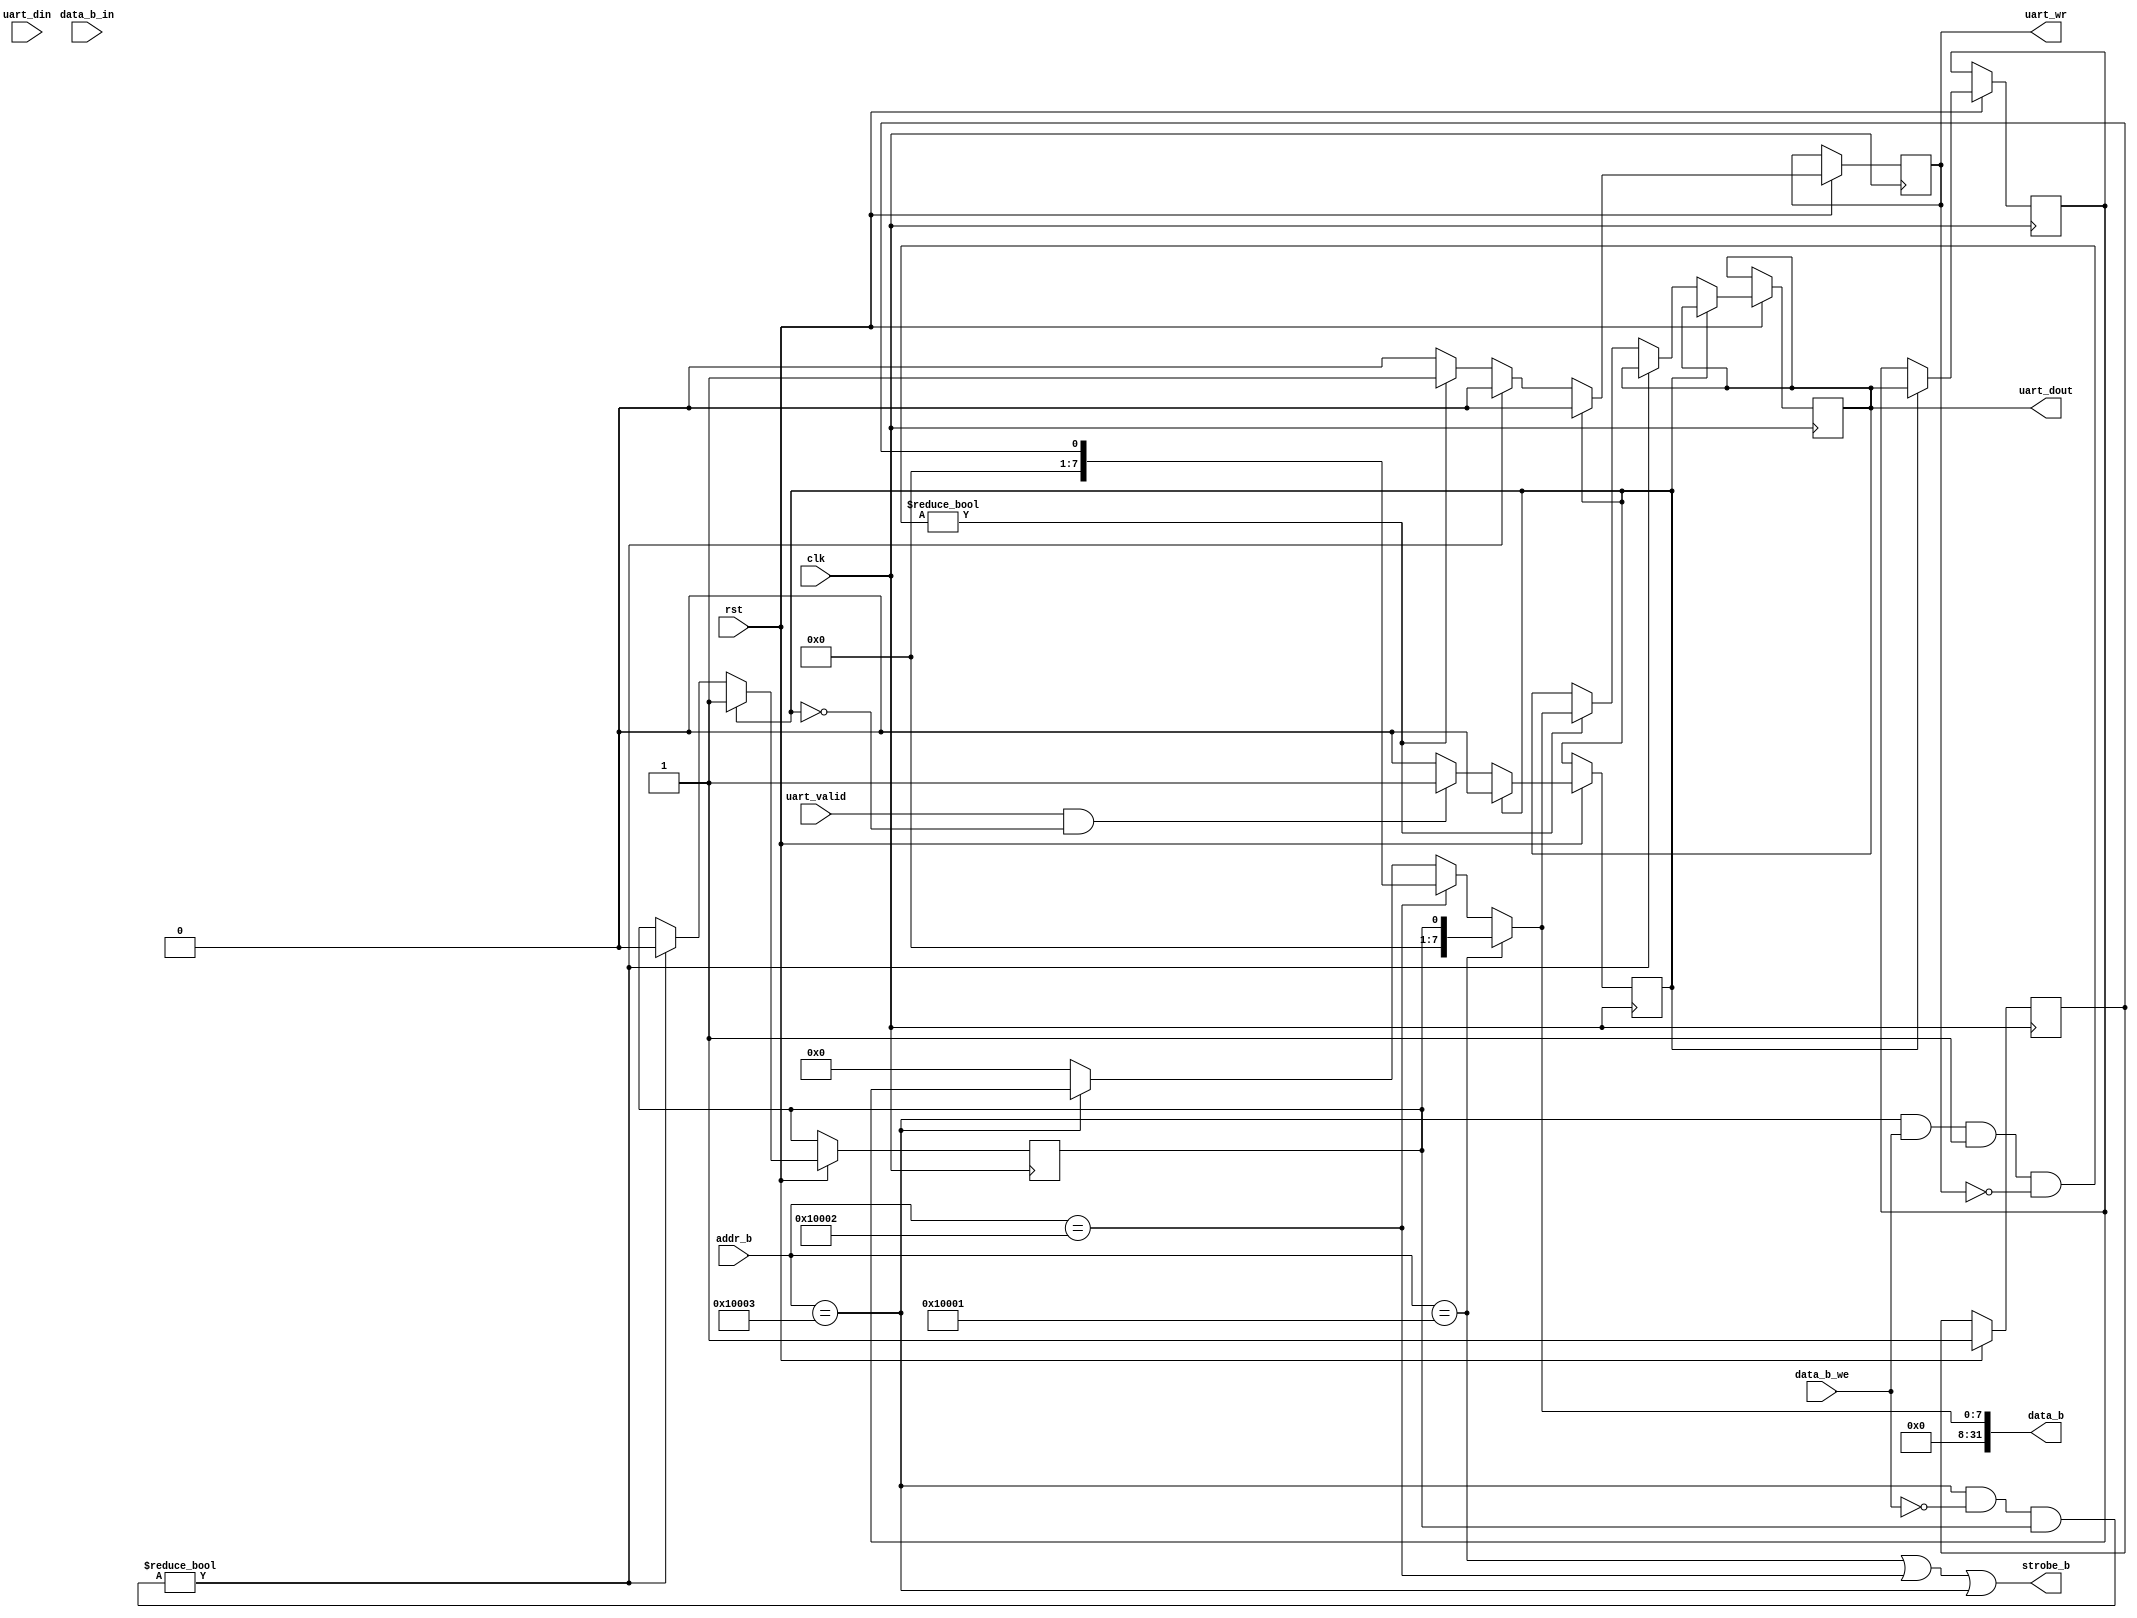
module uartmm_2(input clk,
              input            rst,
              input [7:0]      uart_din,
	      input            uart_valid,
	      output reg [7:0] uart_dout,
	      output reg       uart_wr,
              output [31:0]    data_b,
              output           strobe_b,
              input [31:0]     addr_b,
              input [31:0]     data_b_in,
              input [31:0]     data_b_we);
   reg [7:0]                uart_din_r;
   reg                      uart_valid_r;
   reg                      uart_ready_r;
   reg                      uart_rd;
   wire                     uart_busy;
   wire                     uart_ready;
   assign uart_ready = ~uart_busy;
   assign uart_busy = 0;
   assign strobe_b =   (addr_b == 65537) | (addr_b == 65538) | (addr_b == 65539);
   assign data_b = (addr_b == 65537)?uart_valid_r:
                   (addr_b == 65538)?uart_ready_r:
                   (addr_b == 65539)?uart_din_r:0;
   always @(posedge clk)
     if (~rst) begin
     end else begin
        if (uart_wr) begin
           uart_wr <= 0;
        end
        if (uart_valid & ~uart_rd) begin
           uart_rd <= 1; 
        end
        uart_ready_r <= uart_ready; 
        if (uart_rd) begin
           uart_rd <= 0;
           uart_din_r <= uart_dout;
           uart_valid_r <= 1;
        end else if ((addr_b == 65539) & ~data_b_we & uart_valid_r) begin
           uart_valid_r <= 0;
        end else if ((addr_b == 65539) & data_b_we & uart_ready & ~uart_wr) begin
           uart_dout <= data_b[7:0];
           uart_wr <= 1;
        end
     end
endmodule